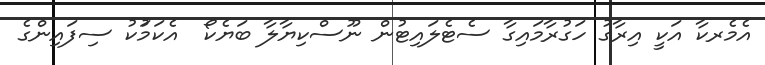
އެމެރކާ އަކީ އިރާގު ހަގުރާމައިގާ ސެޓެލައިޓުން ނޫސްކިޔާލާ ބަޔެކޯ  އެކަމަުކު ސިފައިންގެ